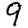
Digit: 9